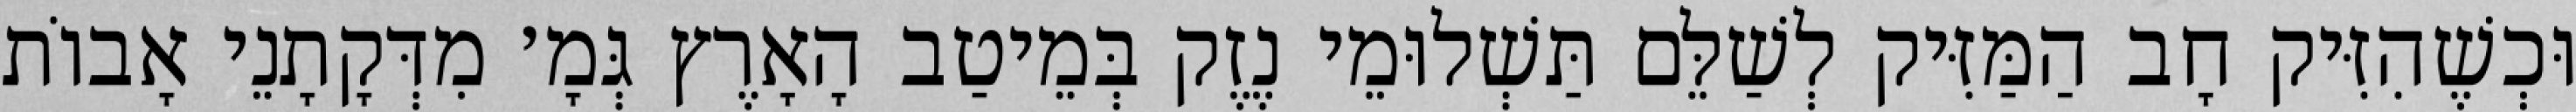
וּכְשֶׁהִזִּיק חָב הַמַּזִּיק לְשַׁלֵּם תַּשְׁלוּמֵי נֶזֶק בְּמֵיטַב הָאָרֶץ גְּמָ׳ מִדְּקָתָנֵי אָבוֹת